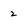
Character: 2